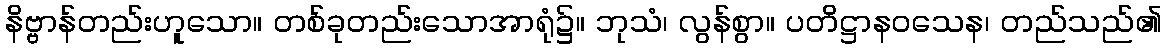
နိဗ္ဗာန်တည်းဟူသော။ တစ်ခုတည်းသောအာရုံ၌။ ဘုသံ၊ လွန်စွာ။ ပတိဋ္ဌာနဝသေန၊ တည်သည်၏